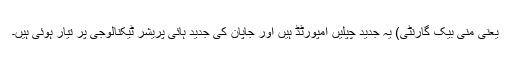
یعنی منی بیک گارنٹی) یہ جدید چپلیں امپورٹڈ ہیں اور جاپان کی جدید ہائی پریشر ٹیکنالوجی پر تیار ہوئی ہیں۔